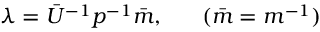
\lambda = \bar { U } ^ { - 1 } p ^ { - 1 } \bar { m } , ~ ~ ~ ~ ~ ( \bar { m } = m ^ { - 1 } )